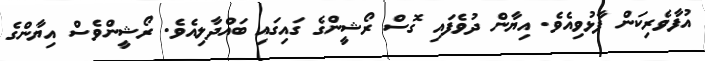
އުފާވެރިކަން ފާޅުވިއެވެ. އިޔާން ދުވެފައި ގޮސް ރޯޝީންގެ ގައިގައި ބައްދާލިއެވެ. ރޯޝީންވެސް އިޔާންގެ